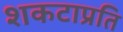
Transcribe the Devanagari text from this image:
शकटाप्रति